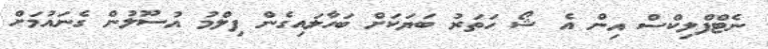
ނެޓްފްލިކްސް އިން އެ ޝޯ ހަތަރު ބަޔަކަށް ބަހާލައިގެން ފިލްމު އުސޫލުން ގެނައުމަށް